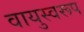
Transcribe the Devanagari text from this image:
वायुस्वरूप